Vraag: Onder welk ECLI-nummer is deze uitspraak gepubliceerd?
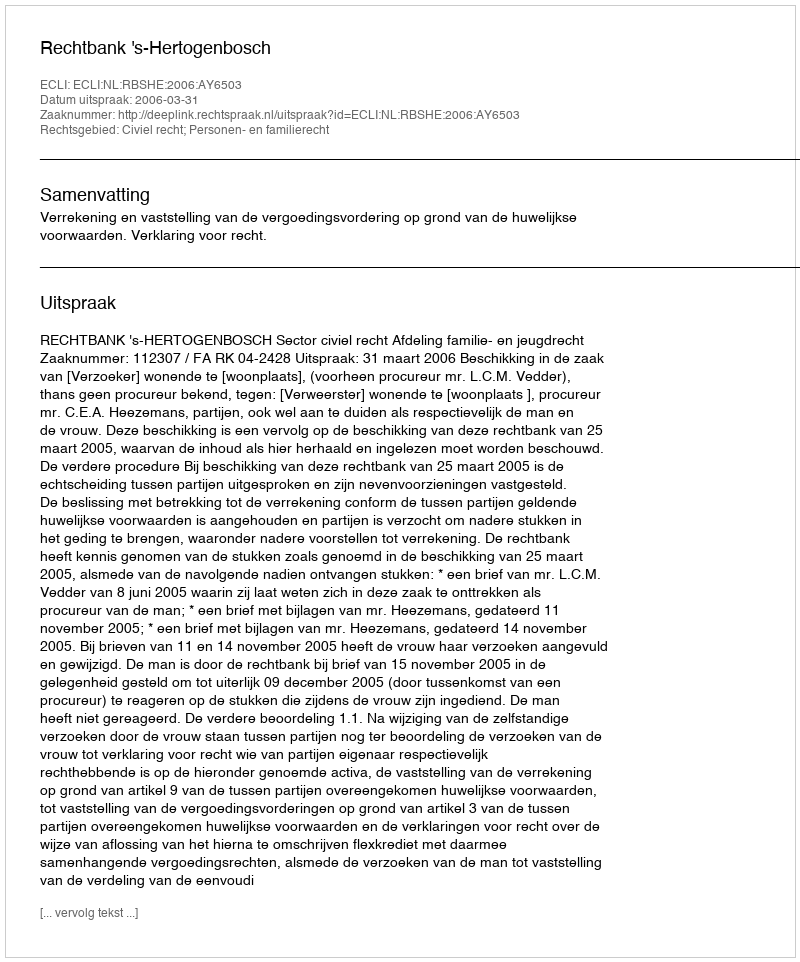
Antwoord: ECLI:NL:RBSHE:2006:AY6503